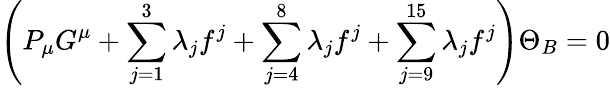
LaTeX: \left(P_{\mu}G^{\mu}+\sum_{j=1}^{3}\lambda_{j}f^{j}+\sum_{j=4}^{8}\lambda_{j}f^{j}+\sum_{j=9}^{15}\lambda_{j}f^{j}\right)\Theta_{B}=0